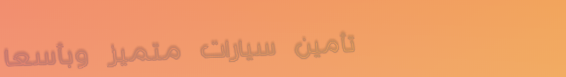
تأمين سيارات متميز وبأسعا